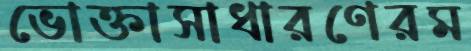
ভোক্তাসাধারণেরম